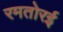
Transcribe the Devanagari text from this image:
रमतोरई